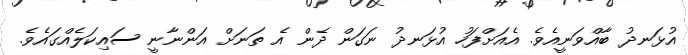
އުޅަނދު ބާއްވަނީއެވެ. އެއަށްފަހު އުޅަނދު ނަގަން ދެން އެ ތަނަށް އަންނާނީ ސައިކަލެއްގައެވެ.